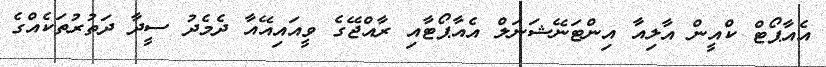
އެއާޕޯޓް ކްއީން އާލިއާ އިންޓަނޭޝަނަލް އެއާޕޯޓާއި ރާއްޖޭގެ ވީއައިއޭއާ ދެމެދު ސީދާ ދަތުރުތަކެއްގެ